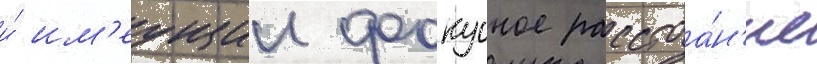
и́ им'еущии фокусное расстоа́н'ие